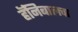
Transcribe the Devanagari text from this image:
हॅनिबालचा